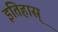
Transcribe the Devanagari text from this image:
इतिहास्